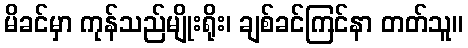
မိခင်မှာ ကုန်သည်မျိုးရိုး၊ ချစ်ခင်ကြင်နာ တတ်သူ။